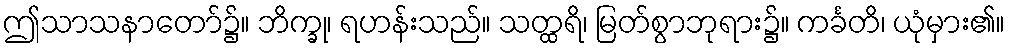
ဤသာသနာတော်၌။ ဘိက္ခု၊ ရဟန်းသည်။ သတ္ထရိ၊ မြတ်စွာဘုရား၌။ ကင်္ခတိ၊ ယုံမှား၏။